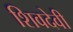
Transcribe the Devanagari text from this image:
शिवदेवी